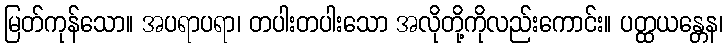
မြတ်ကုန်သော။ အပရာပရာ၊ တပါးတပါးသော အလိုတို့ကိုလည်းကောင်း။ ပတ္ထယန္တေန၊